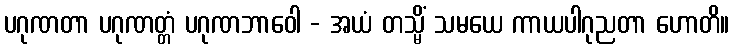
ပဂုဏတာ ပဂုဏတ္တံ ပဂုဏဘာဝေါ - အယံ တသ္မိံ သမယေ ကာယပါဂုညတာ ဟောတိ။